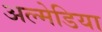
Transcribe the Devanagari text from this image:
अल्मेडिया